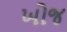
ખોજ